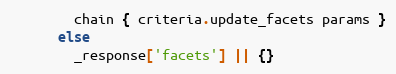
Language: Ruby
        chain { criteria.update_facets params }
      else
        _response['facets'] || {}